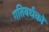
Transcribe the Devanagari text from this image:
गतिवर्धकों